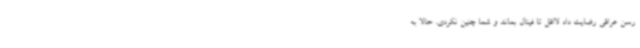
رسن عراقی رضایت داد لااقل تا فینال بماند و شما چنین نکردی. حالا به